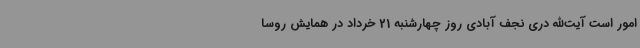
امور است آیت‌الله دری نجف آبادی روز چهارشنبه 21 خرداد در همایش روسا